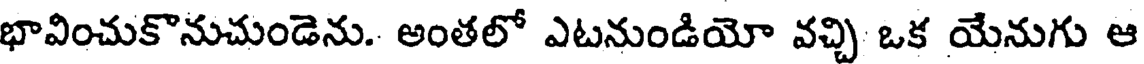
భావించుకొనుచుండెను. అంతలో ఎటనుండియో వచ్చి ఒక యేనుగు ఆ